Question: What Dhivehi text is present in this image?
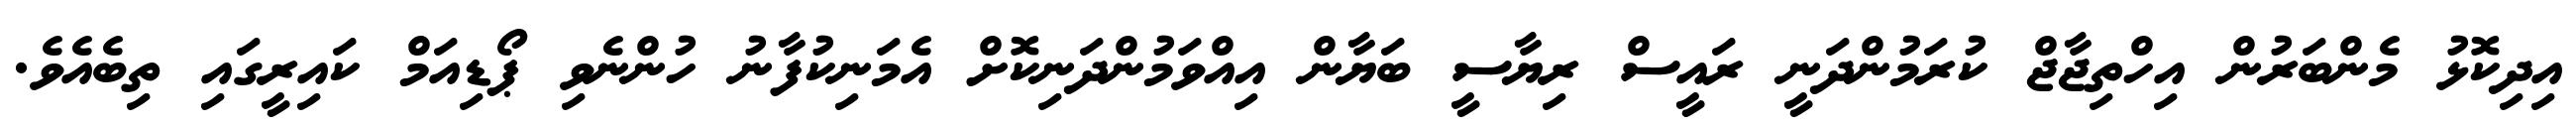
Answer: އިދިކޮޅު މެންބަރުން އިހްތިޖާޖް ކުރަމުންދަނީ ރައީސް ރިޔާސީ ބަޔާން އިއްވަމުންދަނިކޮށް އެމަނިކުފާނު ހުންނެވި ޕޯޑިއަމް ކައިރީގައި ތިބެއެވެ.